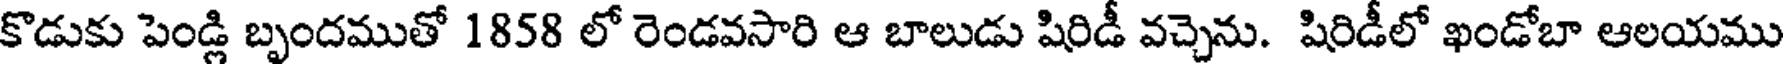
కొడుకు పెండ్లి బృందముతో 1858 లో రెండవసారి ఆ బాలుడు షిరిడీ వచ్చెను. షిరిడీలో ఖండోబా ఆలయము